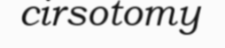
cirsotomy